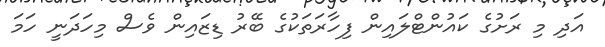
އަދި މި ރަށުގެ ކައުންޓްލައިން ފިހާރަތަކުގެ ބޭރު ޑިޒައިން ވެސް މިހަދަނީ ހަމަ